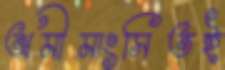
অমীমাংসিতই